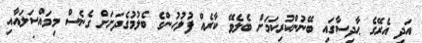
އަދި އެރޭގެ ޙާދިސާގައި ބޭނުންކުރިކަމަށް ބެލެވޭ ކާރެއް ފުލުހުންގެ ބެލުމުގެދަށަށް ގެނެސް މިމައްސަލައާއި